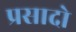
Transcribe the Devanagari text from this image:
प्रसादो